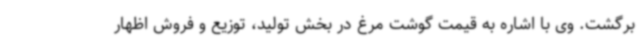
برگشت. وی با اشاره به قیمت گوشت مرغ در بخش تولید، توزیع و فروش اظهار